Report on the lunatic asylums under the Government of Bombay - 1904-1913
Year: 1904
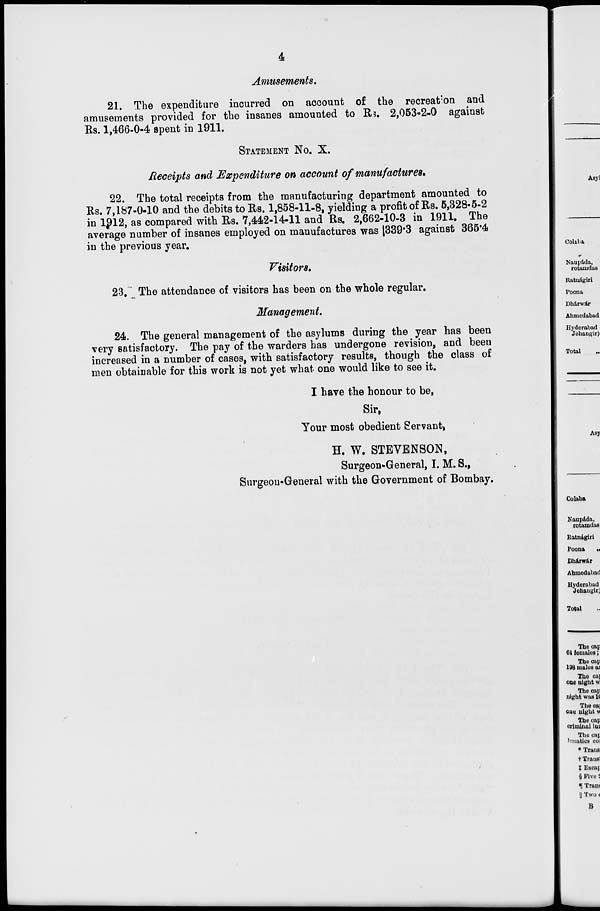
4
Amusements.
21. The expenditure incurred on account of the recreation and
amusements provided for the insanes amounted to Rs. 2,053-2-0 against
Rs. 1,466-0-4 spent in 1911.
STATEMENT NO. X.
Receipts and Expenditure on account of manufactures.
22. The total receipts from the manufacturing department amounted to
Rs. 7,187-0-10 and the debits to Rs. 1,858-11-8, yielding a profit of Rs. 5,328-5-2
in 1912, as compared with Rs. 7,442-14-11 and Rs. 2,662-10-3 in 1911. The
average number of insanes employed on manufactures was 339.3 against 365.4
in the previous year.
Visitors.
23. The attendance of visitors has been on the whole regular.
Management.
24. The general management of the asylums during the year has been
very satisfactory. The pay of the warders has undergone revision, and been
increased in a number of cases, with satisfactory results, though the class of
men obtainable for this work is not yet what one would like to see it.
I have the honour to be,
Sir,
Your most obedient Servant,
H. W. STEVENSON,
Surgeon-General, I. M. S.,
Surgeon-General with the Government of Bombay.